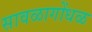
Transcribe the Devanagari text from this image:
सावळागोंधळ